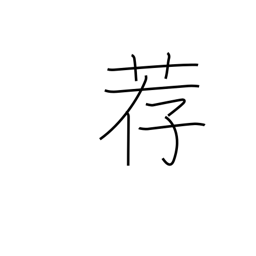
Meaning: mat